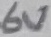
Text: 6V